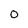
Character: 0